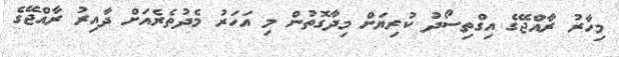
މިހާރު ރާއްޖޭގެ އިގްތިސޯދު ކުރިޔަށް މިދާގޮތުން މި އަހަރު މެދުތެރެއަށް ދާއިރު ރާއްޖޭގެ